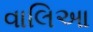
વાલિઆ